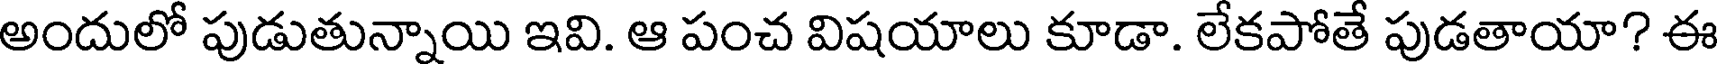
అందులో పుడుతున్నాయి ఇవి. ఆ పంచ విషయాలు కూడా. లేకపోతే పుడతాయా? ఈ